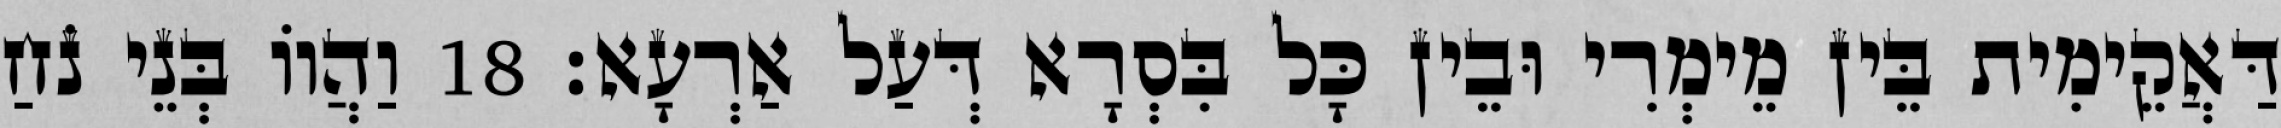
דַּאֲקֵימִית בֵּין מֵימְרִי וּבֵין כָּל בִּסְרָא דְּעַל אַרְעָא׃ 18 וַהֲווֹ בְּנֵי נֹחַ